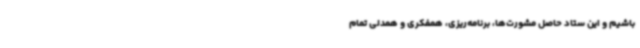
باشیم و این ستاد حاصل مشورت‌ها، برنامه‌ریزی، همفکری و همدلی تمام